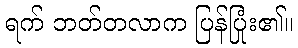
ရက် ဘတ်တလာက ပြန်ပြုံး၏။